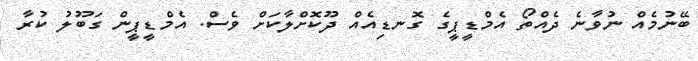
ބޭނުމެއް ނުވާނެ ދެއްތޯ އެމްޑީޕީގެ ގޮނޑިއެއް ދޫކޮށްލާކަށް ވެސް. އެމްޑީޕީން ގަބޫލު ކުރާ